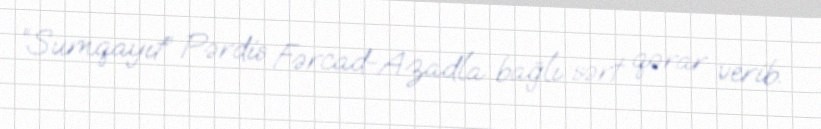
“Sumqayıt” Pərdis Fərcad-Azadla bağlı sərt qərar verib.